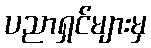
ပညာရှင်များမှ